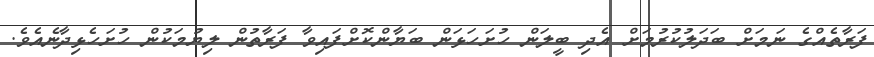
ފަރާތެއްގެ ނަމަށް ބަދަލުކުރުމަށް އެދި ބީލަން ހުށަހަޅަން ބަޔާންކޮށްފައިވާ ފަރާތުން ލިޔުމަކުން ހުށަހެޅިދާނެއެވެ.